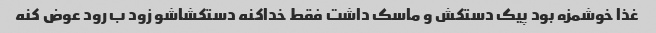
غذا خوشمزه بود پیک دستکش و ماسک داشت فقط خداکنه دستکشاشو زود ب رود عوض کنه